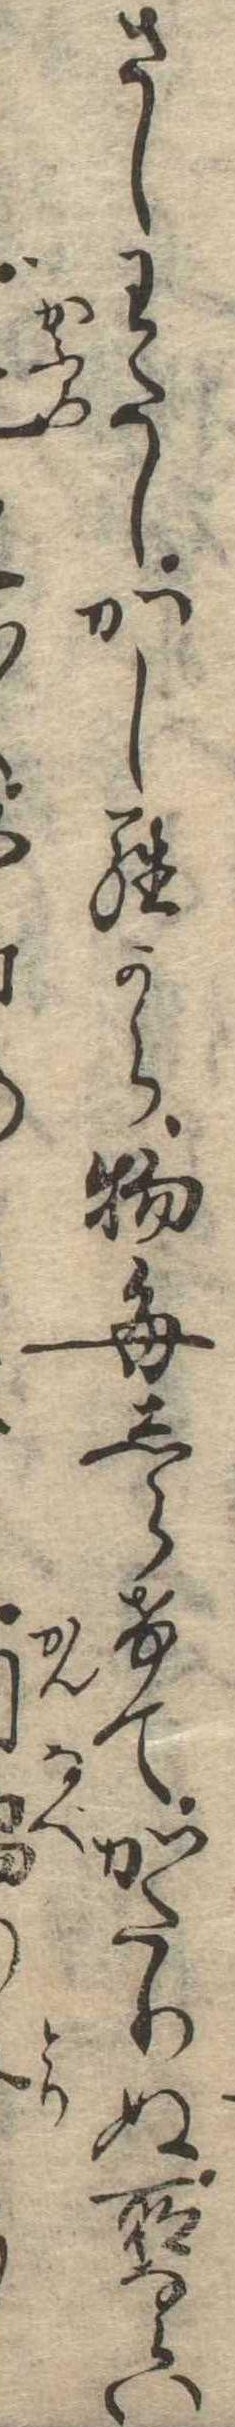
さしわたしかしらから物毎しらけてかたりぬ所ならい